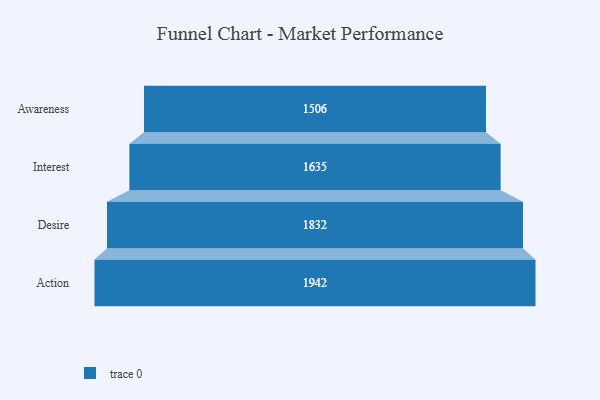
{"axis": {"x": "Stage", "y": "Value"}, "legend": [""], "data": [{"x": "Awareness", "y": 1506.0, "type": ""}, {"x": "Interest", "y": 1635.0, "type": ""}, {"x": "Desire", "y": 1832.0, "type": ""}, {"x": "Action", "y": 1942.0, "type": ""}]}